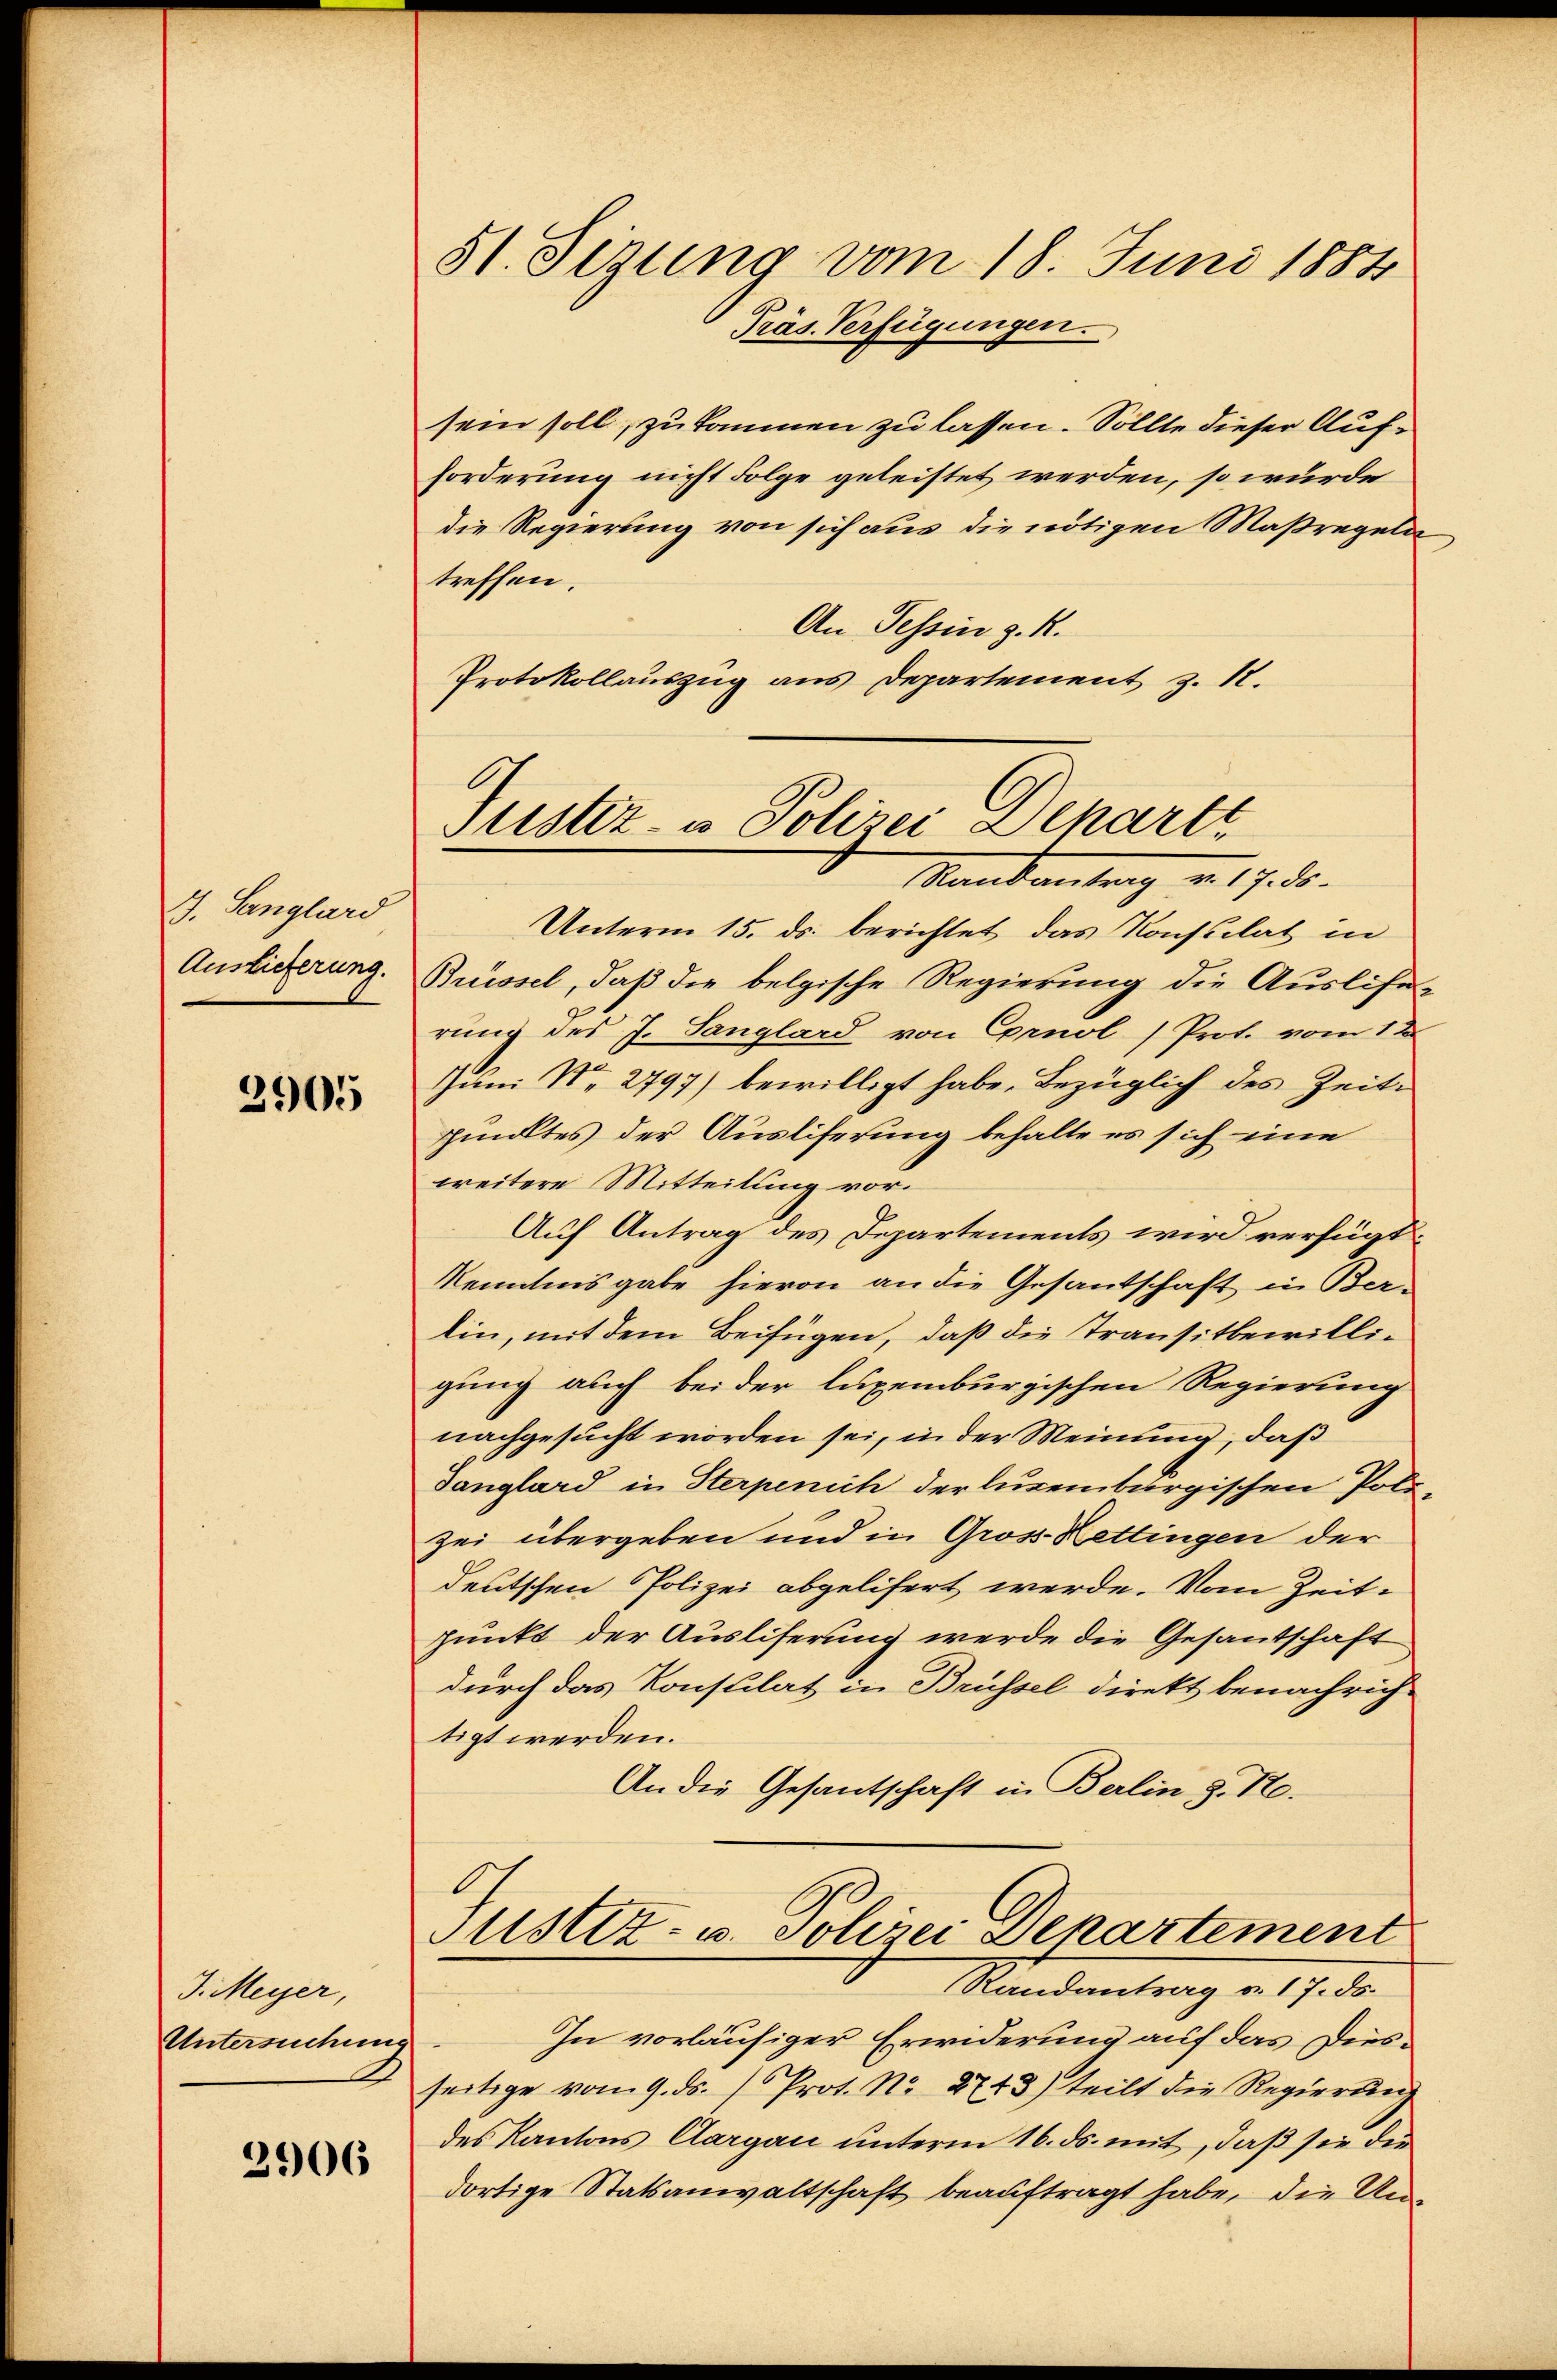
G. Sanghard
Auslieferung.

2905

J. Meyer,
Untersuchung

2906

51. Sizung vom 18. Juni 1884
Präs. Verfügungen.

sein soll, zu kommen zu lassen. Sollte dieser Aufforderung nicht Folge geleistet werden, so wurde
die Regierung von sich aus die nötigen Maßregeln
treffen.
An Tessin z. R.
Protokollauszug aus Departement z. 1.

Justiz- u Polizei Separtt
Mankontrag v. 17. ds.

Unterm 15. ds. berichtet das Konsulat in
Brüssel, daß die belgische Regierung die Auslife-
rung des J. Sanglard von Cornol /Prot. vom 12.
Juni No 2797) bewilligt habe, bezüglich des Zeitpunktes der Ausliferung behalte es sich eine
weitere Mitteilung vor.
Auf Antrag des Departements wird verfügt:
Kenntnisgabe hievon an die Gesantschaft in Ber-
lin, mit dem Beifügen, daß die Transitbewilligung auch bei der luxenburgischen Regierung
nachgesucht worden sei, in der Meinung, daß
Tanglard in Sterpenich der lucembergischen Poli
zei übergeben und in Gros Kettingen der
deutschen Polizei abgelifert werde. Vom Zeit-
punkt der Ausliferung werde die Gesandschaft
durch das Konsulat in Brüssel direkt benachrich-
tigt werden.
An die Gesantschaft in Berlin S. Nr.
Justiz- u. Polizei Departement
Randantrag a. 17. ds.
In vorläufiger Erwiderung auf das Diesseitige vom 9. ds. Prot. No. 2743) teilt die Regierung
des Kantons Aargau unterm 16. ds. mit, daß sie der
dortige Statsanwaltschaft beauftragt habe, die Un¬